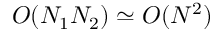
O ( N _ { 1 } N _ { 2 } ) \simeq O ( N ^ { 2 } )